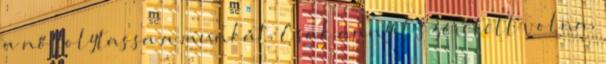
a nő folytassa a munkát. Csak annyit szeretett volna,